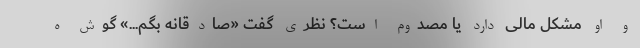
و او مشکل مالی دارد یا مصدوم است؟ نظری گفت «صادقانه بگم...» گوش ه